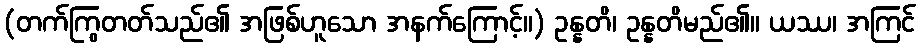
(တက်ကြွတတ်သည်၏ အဖြစ်ဟူသော အနက်ကြောင့်။) ဥန္နတိ၊ ဥန္နတိမည်၏။ ယဿ၊ အကြင်